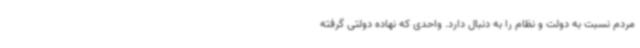
مردم نسبت به دولت و نظام را به دنبال دارد. واحدی که نهاده دولتی گرفته